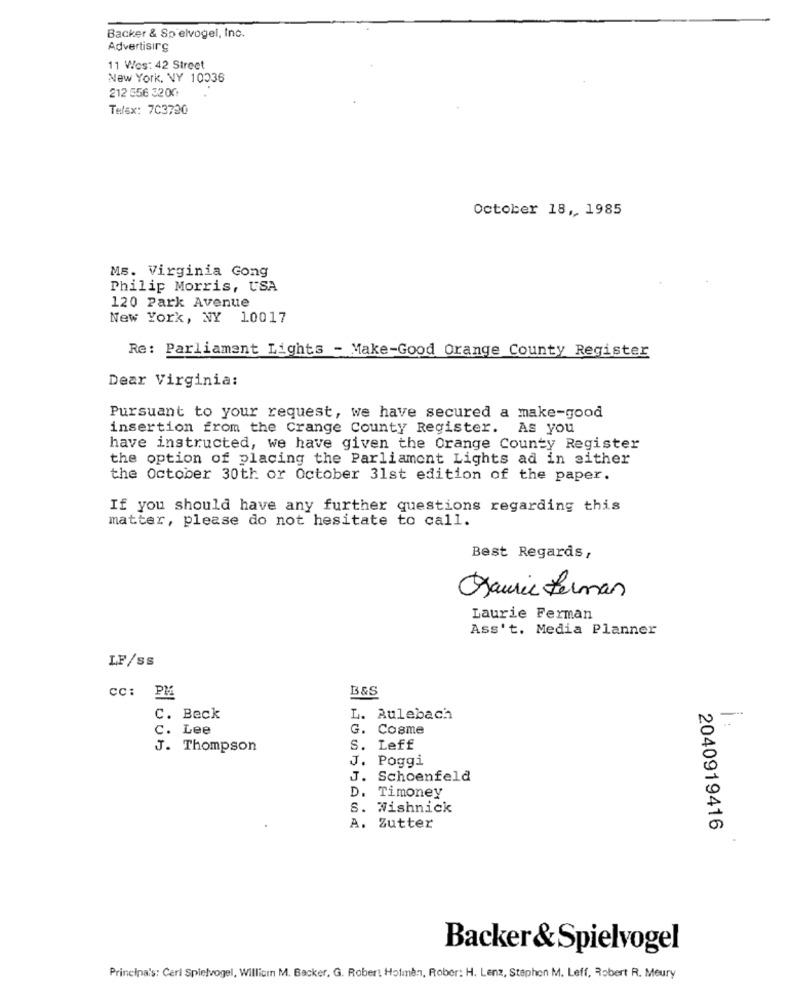
Backer & Sp elvogel, Inc.
Advertising
11 Wes: 42 Street
New York, NY 10036
212 556 3200
Telex: 703730
October 18 ,, 1985
Ms. Virginia Gong
Philip Morris, USA
120 Park Avenue
New York, NY 10017
Re: Parliament Lights - Make-Good Orange County Register
Dear Virginia:
Pursuant to your request, we have secured a make-good
insertion from the Crange County Register. As you
have instructed, we have given the Orange County Register
the option of placing the Parliament Lights ad in either
the October 30th or October 31st edition of the paper.
If you should have any further questions regarding this
matter, please do not hesitate to call.
Best Regards,
Laurie Ferman
Laurie Ferman
Ass't. Media Planner
LF/ss
B&S
cc: PM
C. Beck
L. Aulebach
N-
C. Lee
G. Cosme
J. Thompson
S. Leff
J. Poggi
J. Schoenfeld
D.
Timoney
S. Wishnick
A. Zutter
2040919416
Backer & Spielvogel
Princina's: Carl Spielvogel, Willicin M. Backer, G. Robert Holmen, Rober: H. Lenz, Stephen M. Leff, Robert R. Meury